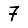
Digit: 7